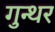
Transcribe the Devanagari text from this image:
गुन्थर